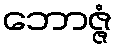
ဘောဇ္ဇံ